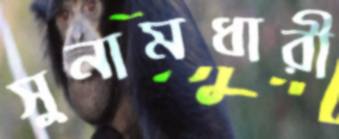
সুনামধারী